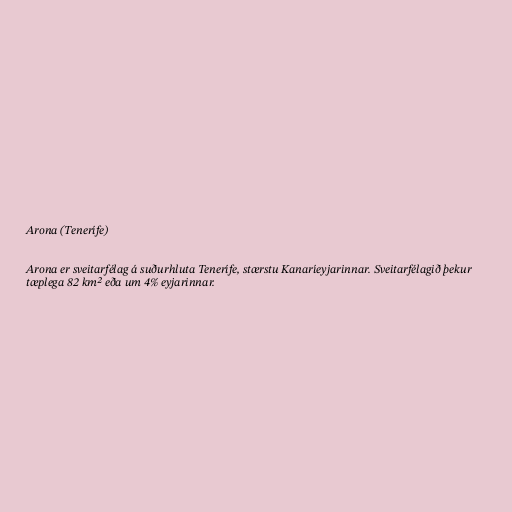
Arona (Tenerífe)

Arona er sveitarfélag á suðurhluta Tenerífe, stærstu Kanaríeyjarinnar. Sveitarfélagið þekur
tæplega 82 km² eða um 4% eyjarinnar.